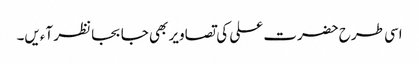
اسی طرح حضرت علی کی تصاویر بھی جا بجا نظر آءیں۔